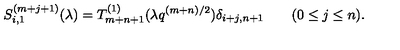
S _ { i , 1 } ^ { ( m + j + 1 ) } ( \lambda ) = T _ { m + n + 1 } ^ { ( 1 ) } ( \lambda q ^ { ( m + n ) / 2 } ) \delta _ { i + j , n + 1 } \qquad ( 0 \le j \le n ) .